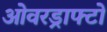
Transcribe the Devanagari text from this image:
ओवरड्राफ्टों